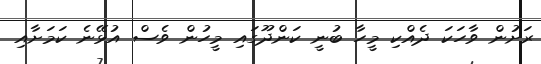
ރަށުން ވާހަކަ ދެއްކި މީހާ ބުނީ ކަންދޫގައި މީހުން ވެސް އުޅޭނެ ކަމަށާއި